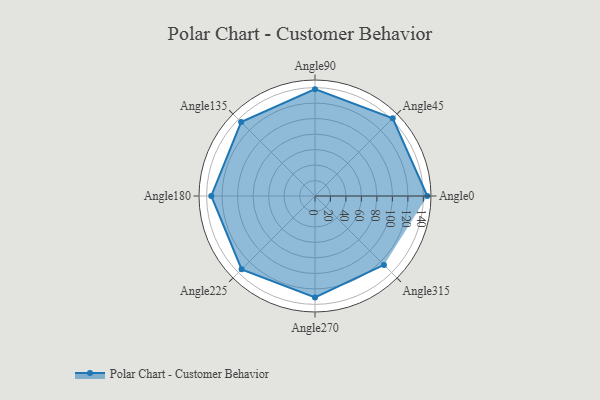
{"axis": {"x": "Angle", "y": "Radius"}, "legend": [""], "data": [{"x": "Angle0", "y": 145.0, "type": ""}, {"x": "Angle45", "y": 142.0, "type": ""}, {"x": "Angle90", "y": 138.0, "type": ""}, {"x": "Angle135", "y": 135.0, "type": ""}, {"x": "Angle180", "y": 134.0, "type": ""}, {"x": "Angle225", "y": 134.0, "type": ""}, {"x": "Angle270", "y": 131.0, "type": ""}, {"x": "Angle315", "y": 126.0, "type": ""}]}